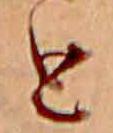
と